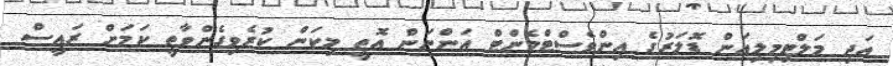
އަދި މަލްޓިމިލިއަން ޑޮލަރުގެ އިންވެސްޓްމެންޓް އަންނަން އޮތީ މިކަން ކުރެވިގެންވާތީ ކަމަށް ރައީސް